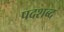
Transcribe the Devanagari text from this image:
पदशब्द